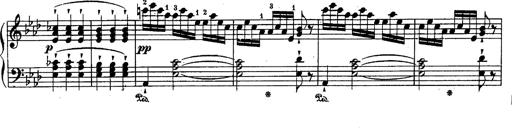
Title: Schubert's Impromptus [revised and edited by Franz Liszt]
Composer: Franz Liszt